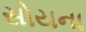
સોયના